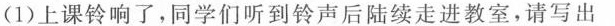
(1)上课铃响了，同学们听到铃声后陆续走进教室，请写出